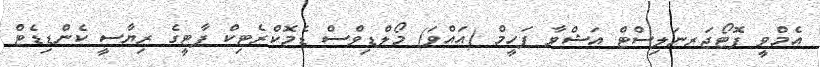
އެމްވީ ފޮޓޯޖަރނަލިސްޓް އަޝްވާ ފަހީމް (އައްވަ) މޯލްޑިވްސް ޑެމޮކްރެޓިކް ޕާޓީގެ ރިޔާސީ ކެންޑިޑެޓް